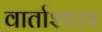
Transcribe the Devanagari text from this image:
वार्ताशास्त्र